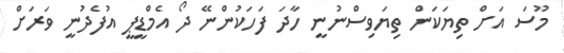
މޫސަ އަށް ތިޔަކަން ތިޔަވިސްނުނީ ހާދަ ފަހަކުންނޭ ދޯ އެމްޑީޕީ އުފެދުނީ ވަރަށް